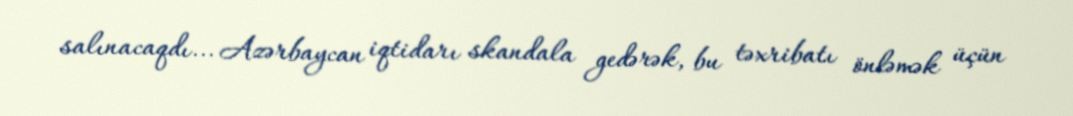
salınacaqdı... Azərbaycan iqtidarı skandala gedərək, bu təxribatı önləmək üçün